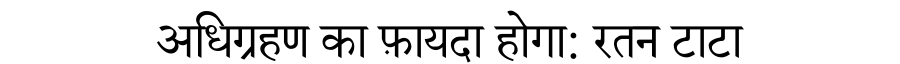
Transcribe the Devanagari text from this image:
अधिग्रहण का फ़ायदा होगा: रतन टाटा